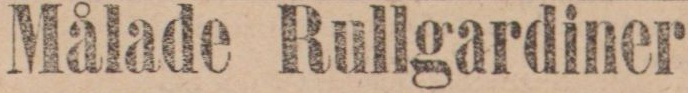
Målade Rullgardiner